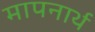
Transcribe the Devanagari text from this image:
मापनार्थ